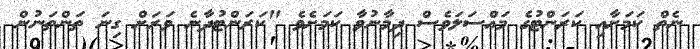
ނެތް ކަމަށާއި ކަރަންޓުގެ މައްސަލަވެސް ދިމާނުވާ ކަމަށެވެ "ކަރަންޓުދާނެ ވަރަށް ގިނަ ތަންތަނުން